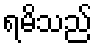
ရမိသည်